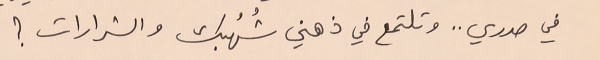
في صدري .. وتلتمع في ذهني شُهُبك والشرارات ؟